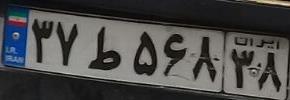
۳۷ط۵۶۸۳۸